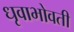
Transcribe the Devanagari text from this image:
धृवाभोवती